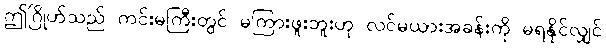
ဤဂြိုဟ်သည် ကင်းမကြီးတွင် မကြားဖူးဘူးဟု လင်မယားအခန်းကို မရနိုင်လျှင်